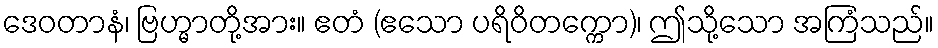
ဒေဝတာနံ၊ ဗြဟ္မာတို့အား။ ဧတံ (ဧသော ပရိဝိတက္ကော)၊ ဤသို့သော အကြံသည်။